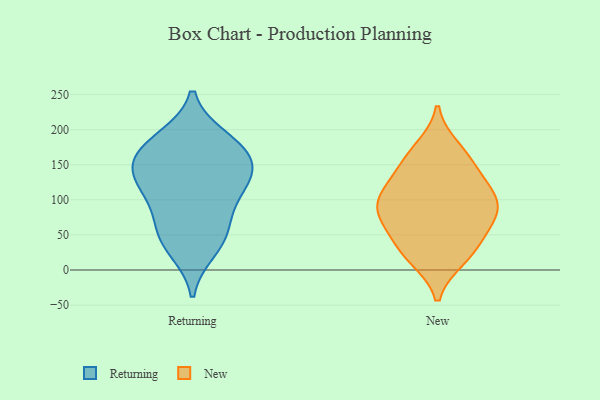
{"axis": {"x": "Production Output", "y": "Value"}, "legend": ["New", "Returning"], "data": [{"x": "", "y": 187, "type": "Returning"}, {"x": "", "y": 168, "type": "Returning"}, {"x": "", "y": 157, "type": "Returning"}, {"x": "", "y": 75, "type": "Returning"}, {"x": "", "y": 113, "type": "Returning"}, {"x": "", "y": 29, "type": "Returning"}, {"x": "", "y": 143, "type": "Returning"}, {"x": "", "y": 120, "type": "Returning"}, {"x": "", "y": 43, "type": "Returning"}, {"x": "", "y": 183, "type": "Returning"}, {"x": "", "y": 118, "type": "Returning"}, {"x": "", "y": 151, "type": "Returning"}, {"x": "", "y": 58, "type": "Returning"}, {"x": "", "y": 70, "type": "New"}, {"x": "", "y": 103, "type": "New"}, {"x": "", "y": 161, "type": "New"}, {"x": "", "y": 31, "type": "New"}, {"x": "", "y": 82, "type": "New"}, {"x": "", "y": 105, "type": "New"}, {"x": "", "y": 17, "type": "New"}, {"x": "", "y": 76, "type": "New"}, {"x": "", "y": 128, "type": "New"}, {"x": "", "y": 110, "type": "New"}, {"x": "", "y": 49, "type": "New"}, {"x": "", "y": 87, "type": "New"}, {"x": "", "y": 21, "type": "New"}, {"x": "", "y": 149, "type": "New"}, {"x": "", "y": 173, "type": "New"}]}